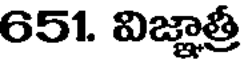
651. విజ్ఞాత్రీ